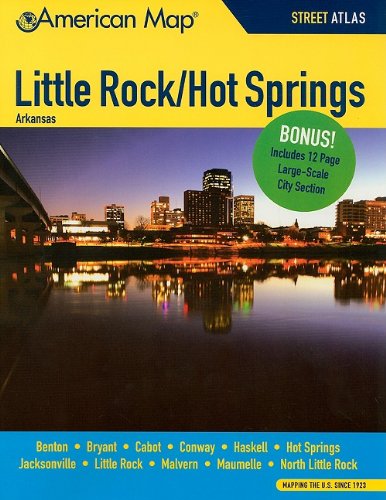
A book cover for Little Rock / Hot Springs AR Atlas (American Map); American Map; Travel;